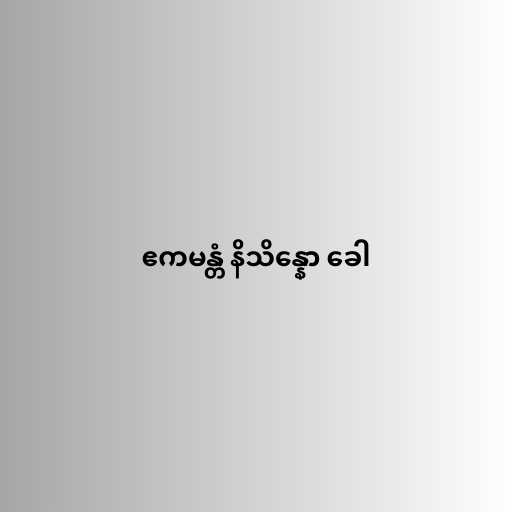
ဧကမန္တံ နိသိန္နော ခေါ